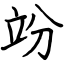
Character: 竕